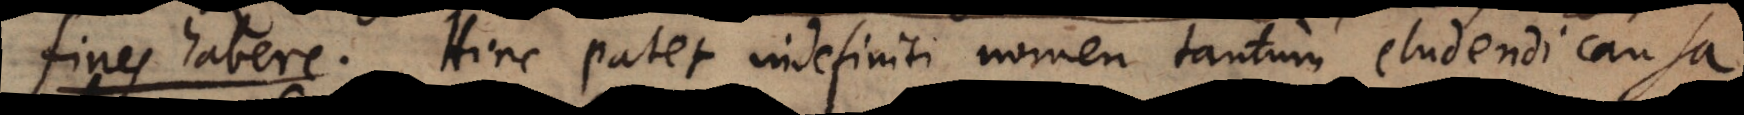
fines habere. Hinc patet indefiniti nomen tantum eludendi causa